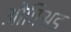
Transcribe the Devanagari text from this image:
ओपिअड